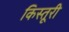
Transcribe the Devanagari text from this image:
किस्तूरी